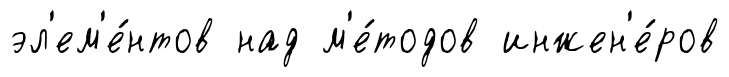
эл'ем'е́нтов над м'е́тодов инжен'е́ров